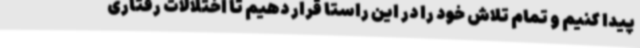
پیدا کنیم و تمام تلاش خود را در این راستا قرار دهیم تا اختلالات رفتاری